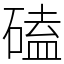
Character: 磕